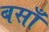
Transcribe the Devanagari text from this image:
बसाँ